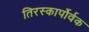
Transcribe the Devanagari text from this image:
तिरस्कार्पोर्वक